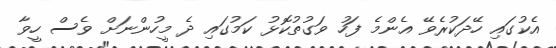
އެކުގައި ހޭދަކުރެވޭ އެންމެ ފަހު ވަގުތުކޮޅު ކަމުގައި ދެ މީހުންނަށް ވެސް ހީވާ